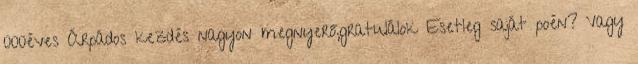
000éves Árpádos kezdés nagyon megnyerő,gratulálok Esetleg saját poén? Vagy